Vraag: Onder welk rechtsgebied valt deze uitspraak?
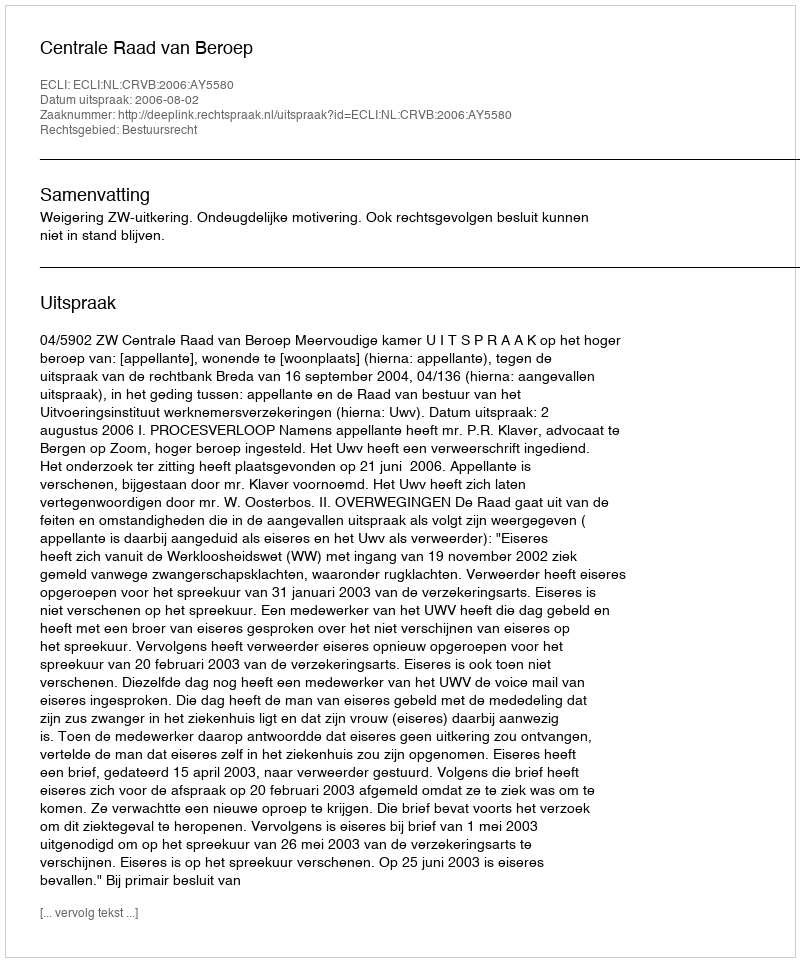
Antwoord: Bestuursrecht